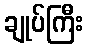
ချုပ်ကြီး